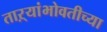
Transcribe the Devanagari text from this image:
ताऱ्यांभोवतीच्या